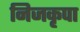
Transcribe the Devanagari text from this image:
निजकृपा